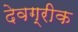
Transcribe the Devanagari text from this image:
देवग्रीक